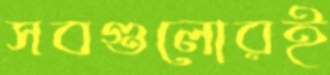
সবগুলোরই